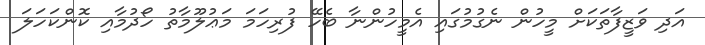
އަދި ވަޒީފާތަކަށް މީހުން ނެގުމުގައި އެމީހުންނާ ބެހޭ ފުރިހަމަ މަޢުލޫމާތު ހޯދުމާއި ކޮންކަހަލަ